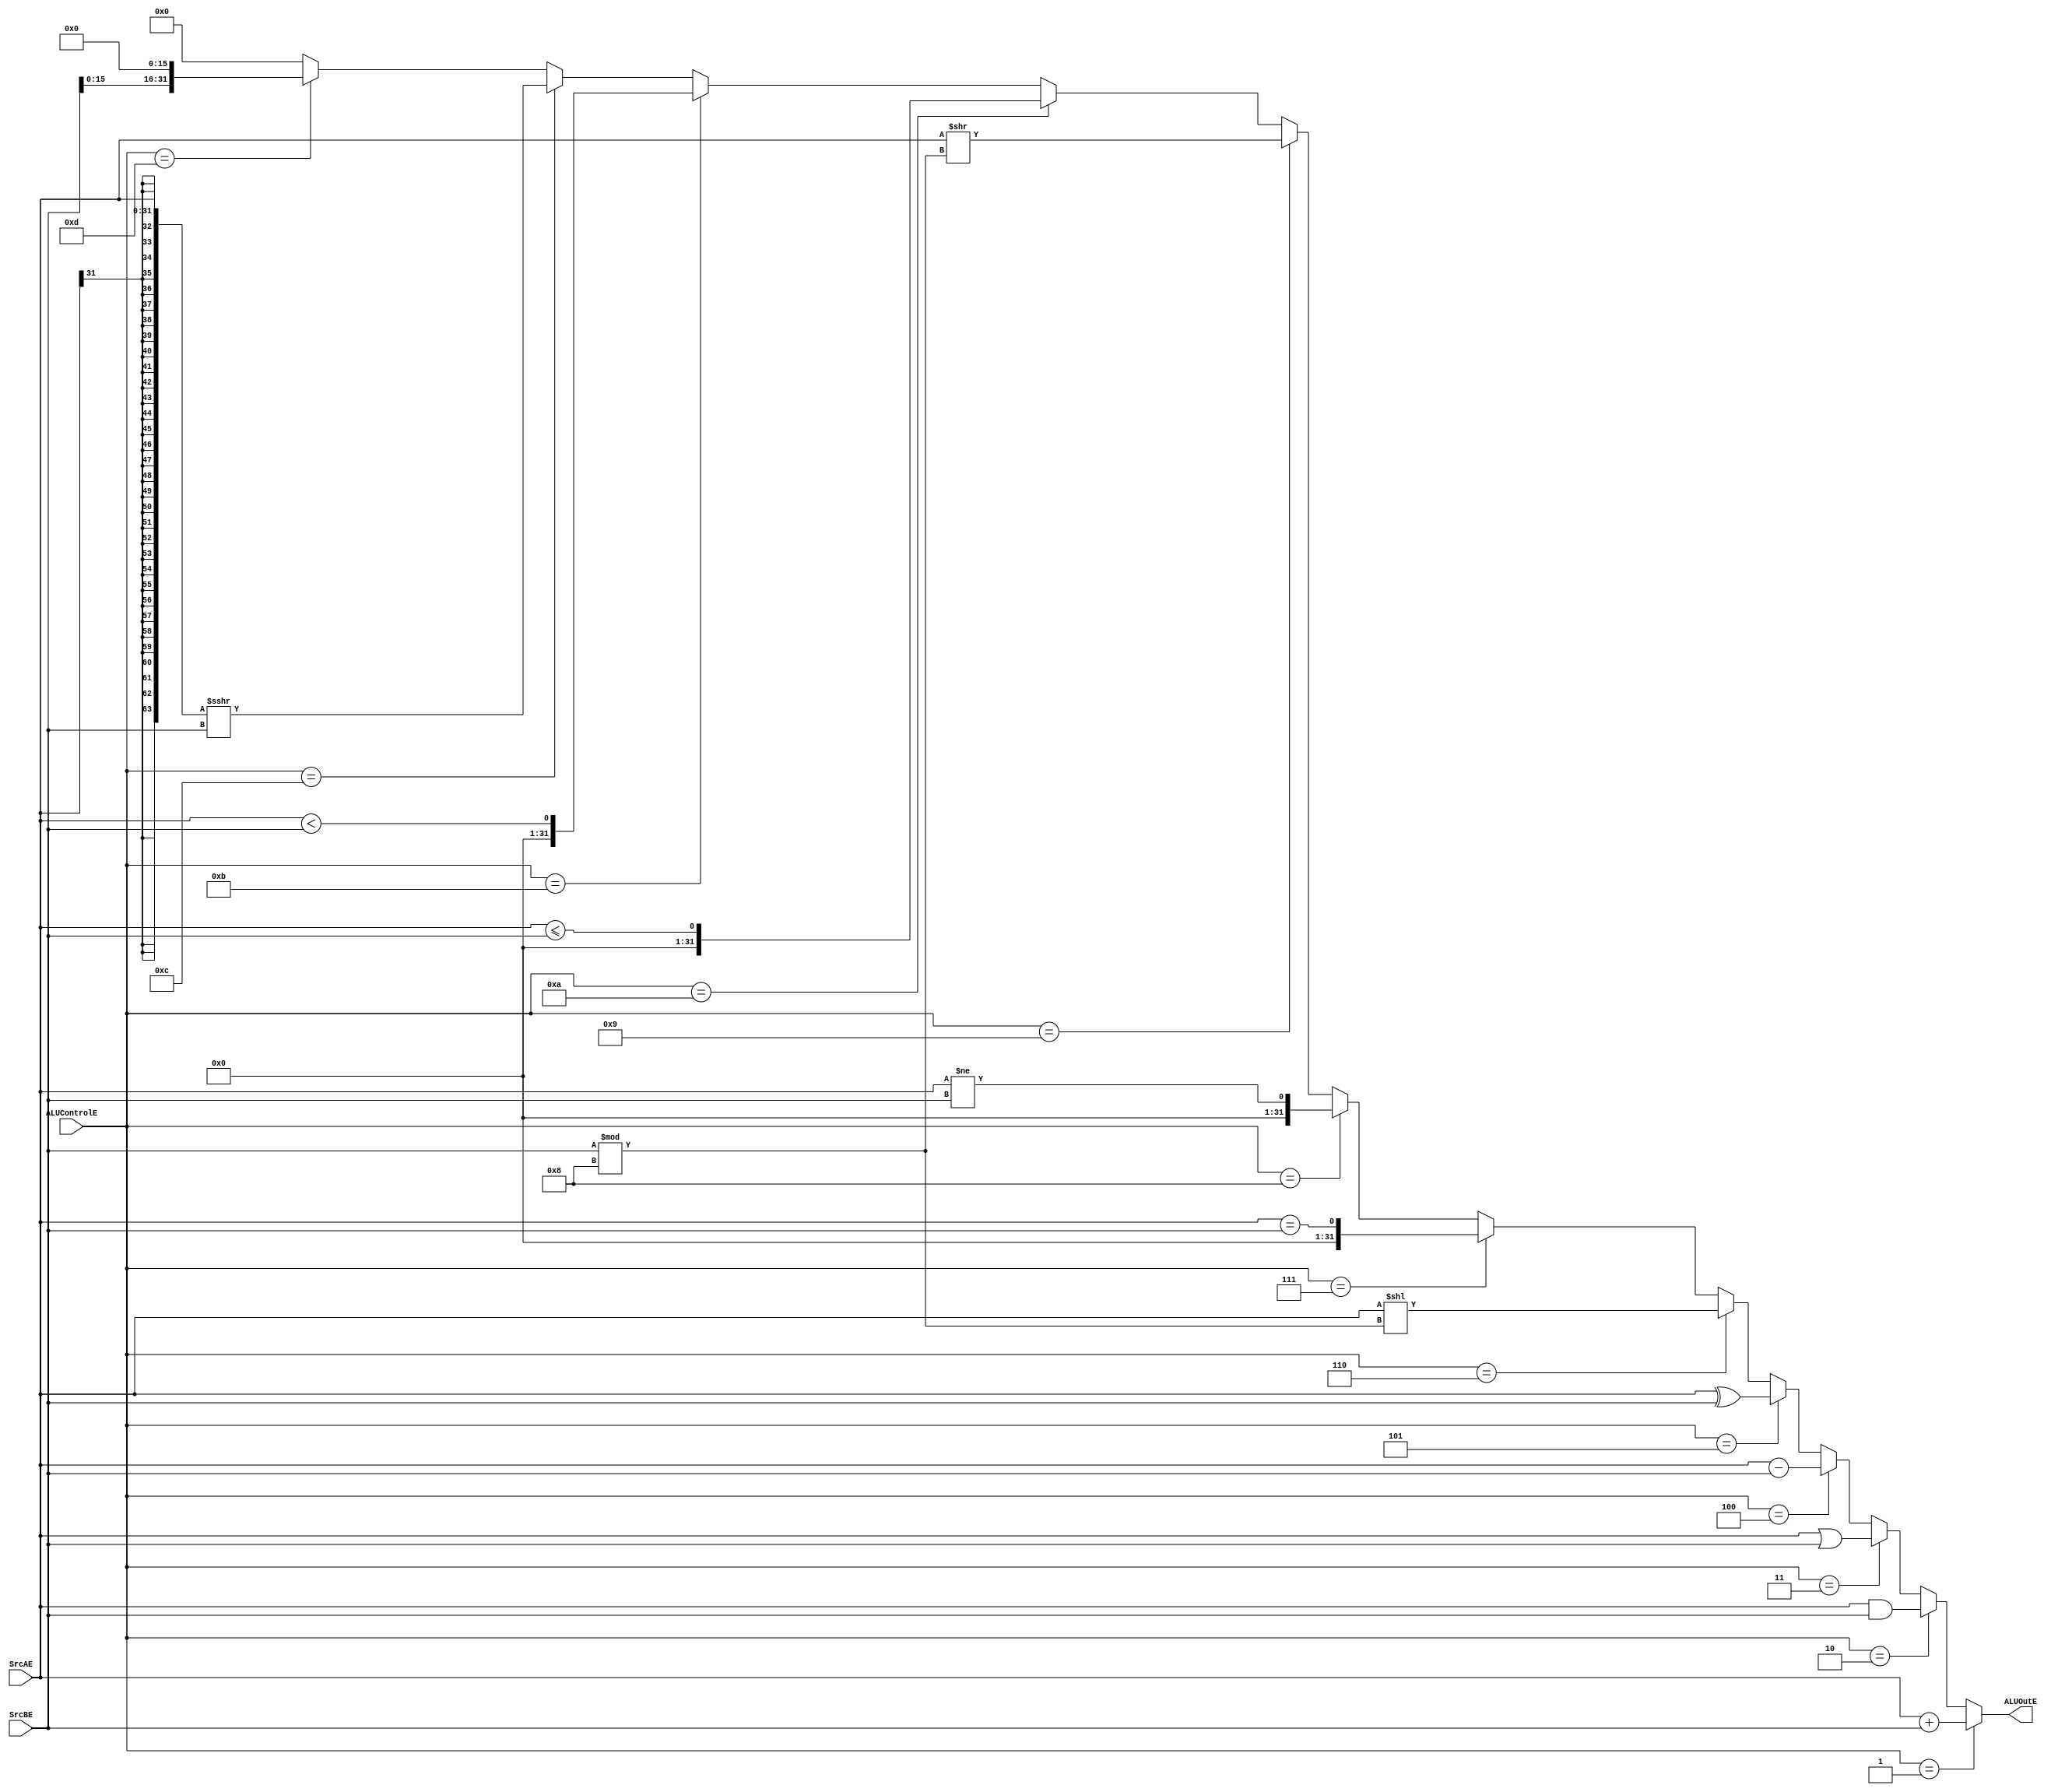
`timescale 1ns / 1ps

module ALU #(parameter WIDTH=32)
   (
    input [WIDTH-1:0]  SrcAE,
    input [WIDTH-1:0]  SrcBE,
    input [3:0]        ALUControlE,
    output [WIDTH-1:0] ALUOutE
    );

   
    assign ALUOutE =(ALUControlE==4'h1)? SrcAE+SrcBE:
                    (ALUControlE==4'h2)? SrcAE&SrcBE:
                    (ALUControlE==4'h3)? SrcAE|SrcBE:
                    (ALUControlE==4'h4)? SrcAE-SrcBE:
                    (ALUControlE==4'h5)? SrcAE^SrcBE:
                    (ALUControlE==4'h6)? SrcAE<<(SrcBE%8):
                    (ALUControlE==4'h7)? SrcAE==SrcBE:
                    (ALUControlE==4'h8)? SrcAE!=SrcBE:
                    (ALUControlE==4'h9)? SrcAE>>(SrcBE%8):
                    (ALUControlE==4'ha)? SrcAE<=SrcBE:
                    (ALUControlE==4'hb)? SrcAE<SrcBE:
                    (ALUControlE==4'hc)? {{32{SrcAE[31]}},SrcAE[31:0]}>>>SrcBE:
						  (ALUControlE==4'hd)? SrcBE<<16:
		    0;
  
endmodule // ALU